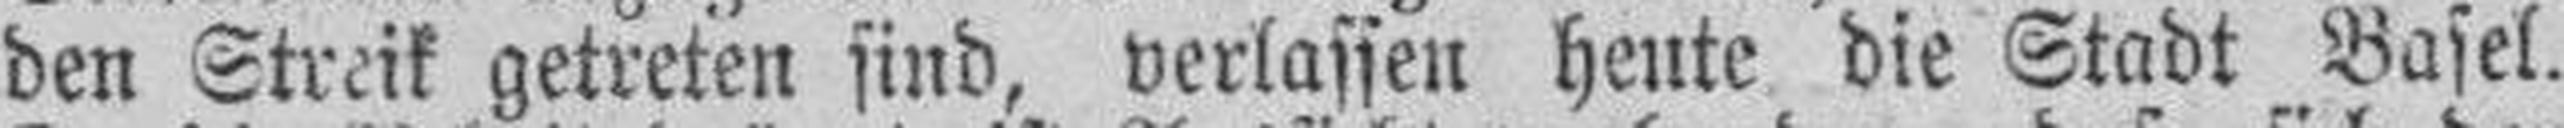
den Streik getreten sind, verlassen heute die Stadt Basel.